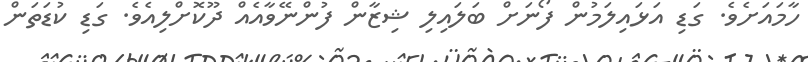
ހާމައަށެވެ. ގަޑި އަޅައިލަމުން ފޯނަށް ބަލައިލި ޝިޒާން ފުންނޭވާއެއް ދޫކޮށްލިއެވެ. ގަޑި ކުޑަތަން